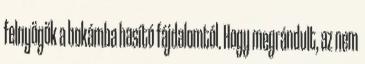
felnyögök a bokámba hasító fájdalomtól. Hogy megrándult, az nem